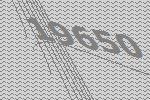
19650